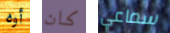
أوه كان سماعي